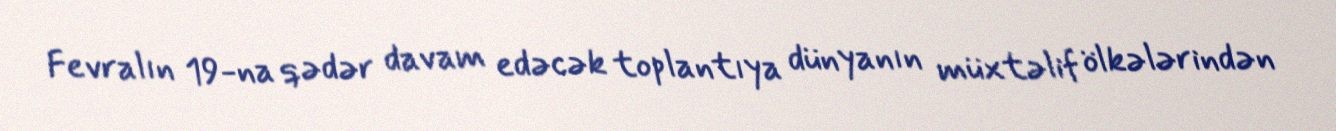
Fevralın 19-na qədər davam edəcək toplantıya dünyanın müxtəlif ölkələrindən